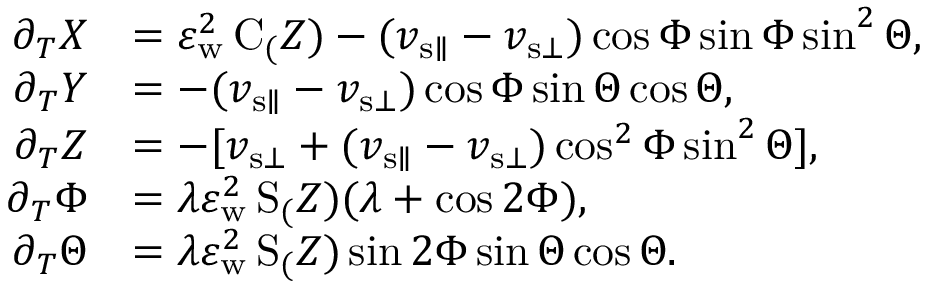
\begin{array} { r l } { \partial _ { T } X } & { = \varepsilon _ { \mathrm { w } } ^ { 2 } \, \mathrm { C } _ ( Z ) - ( v _ { { \mathrm { s } } \parallel } - v _ { { \mathrm { s } } \bot } ) \cos \Phi \sin \Phi \sin ^ { 2 } \Theta , } \\ { \partial _ { T } Y } & { = - ( v _ { { \mathrm { s } } \parallel } - v _ { { \mathrm { s } } \bot } ) \cos \Phi \sin \Theta \cos \Theta , } \\ { \partial _ { T } Z } & { = - [ v _ { { \mathrm { s } } \bot } + ( v _ { { \mathrm { s } } \parallel } - v _ { { \mathrm { s } } \bot } ) \cos ^ { 2 } \Phi \sin ^ { 2 } \Theta ] , } \\ { \partial _ { T } \Phi } & { = \lambda \varepsilon _ { \mathrm { w } } ^ { 2 } \, \mathrm { S } _ ( Z ) ( \lambda + \cos 2 \Phi ) , } \\ { \partial _ { T } \Theta } & { = \lambda \varepsilon _ { \mathrm { w } } ^ { 2 } \, \mathrm { S } _ ( Z ) \sin 2 \Phi \sin \Theta \cos \Theta . } \end{array}